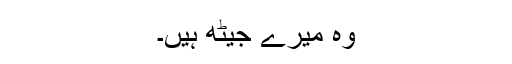
وہ میرے جیٹھ ہیں۔